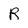
Character: R